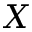
X